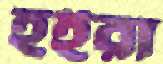
হইরা